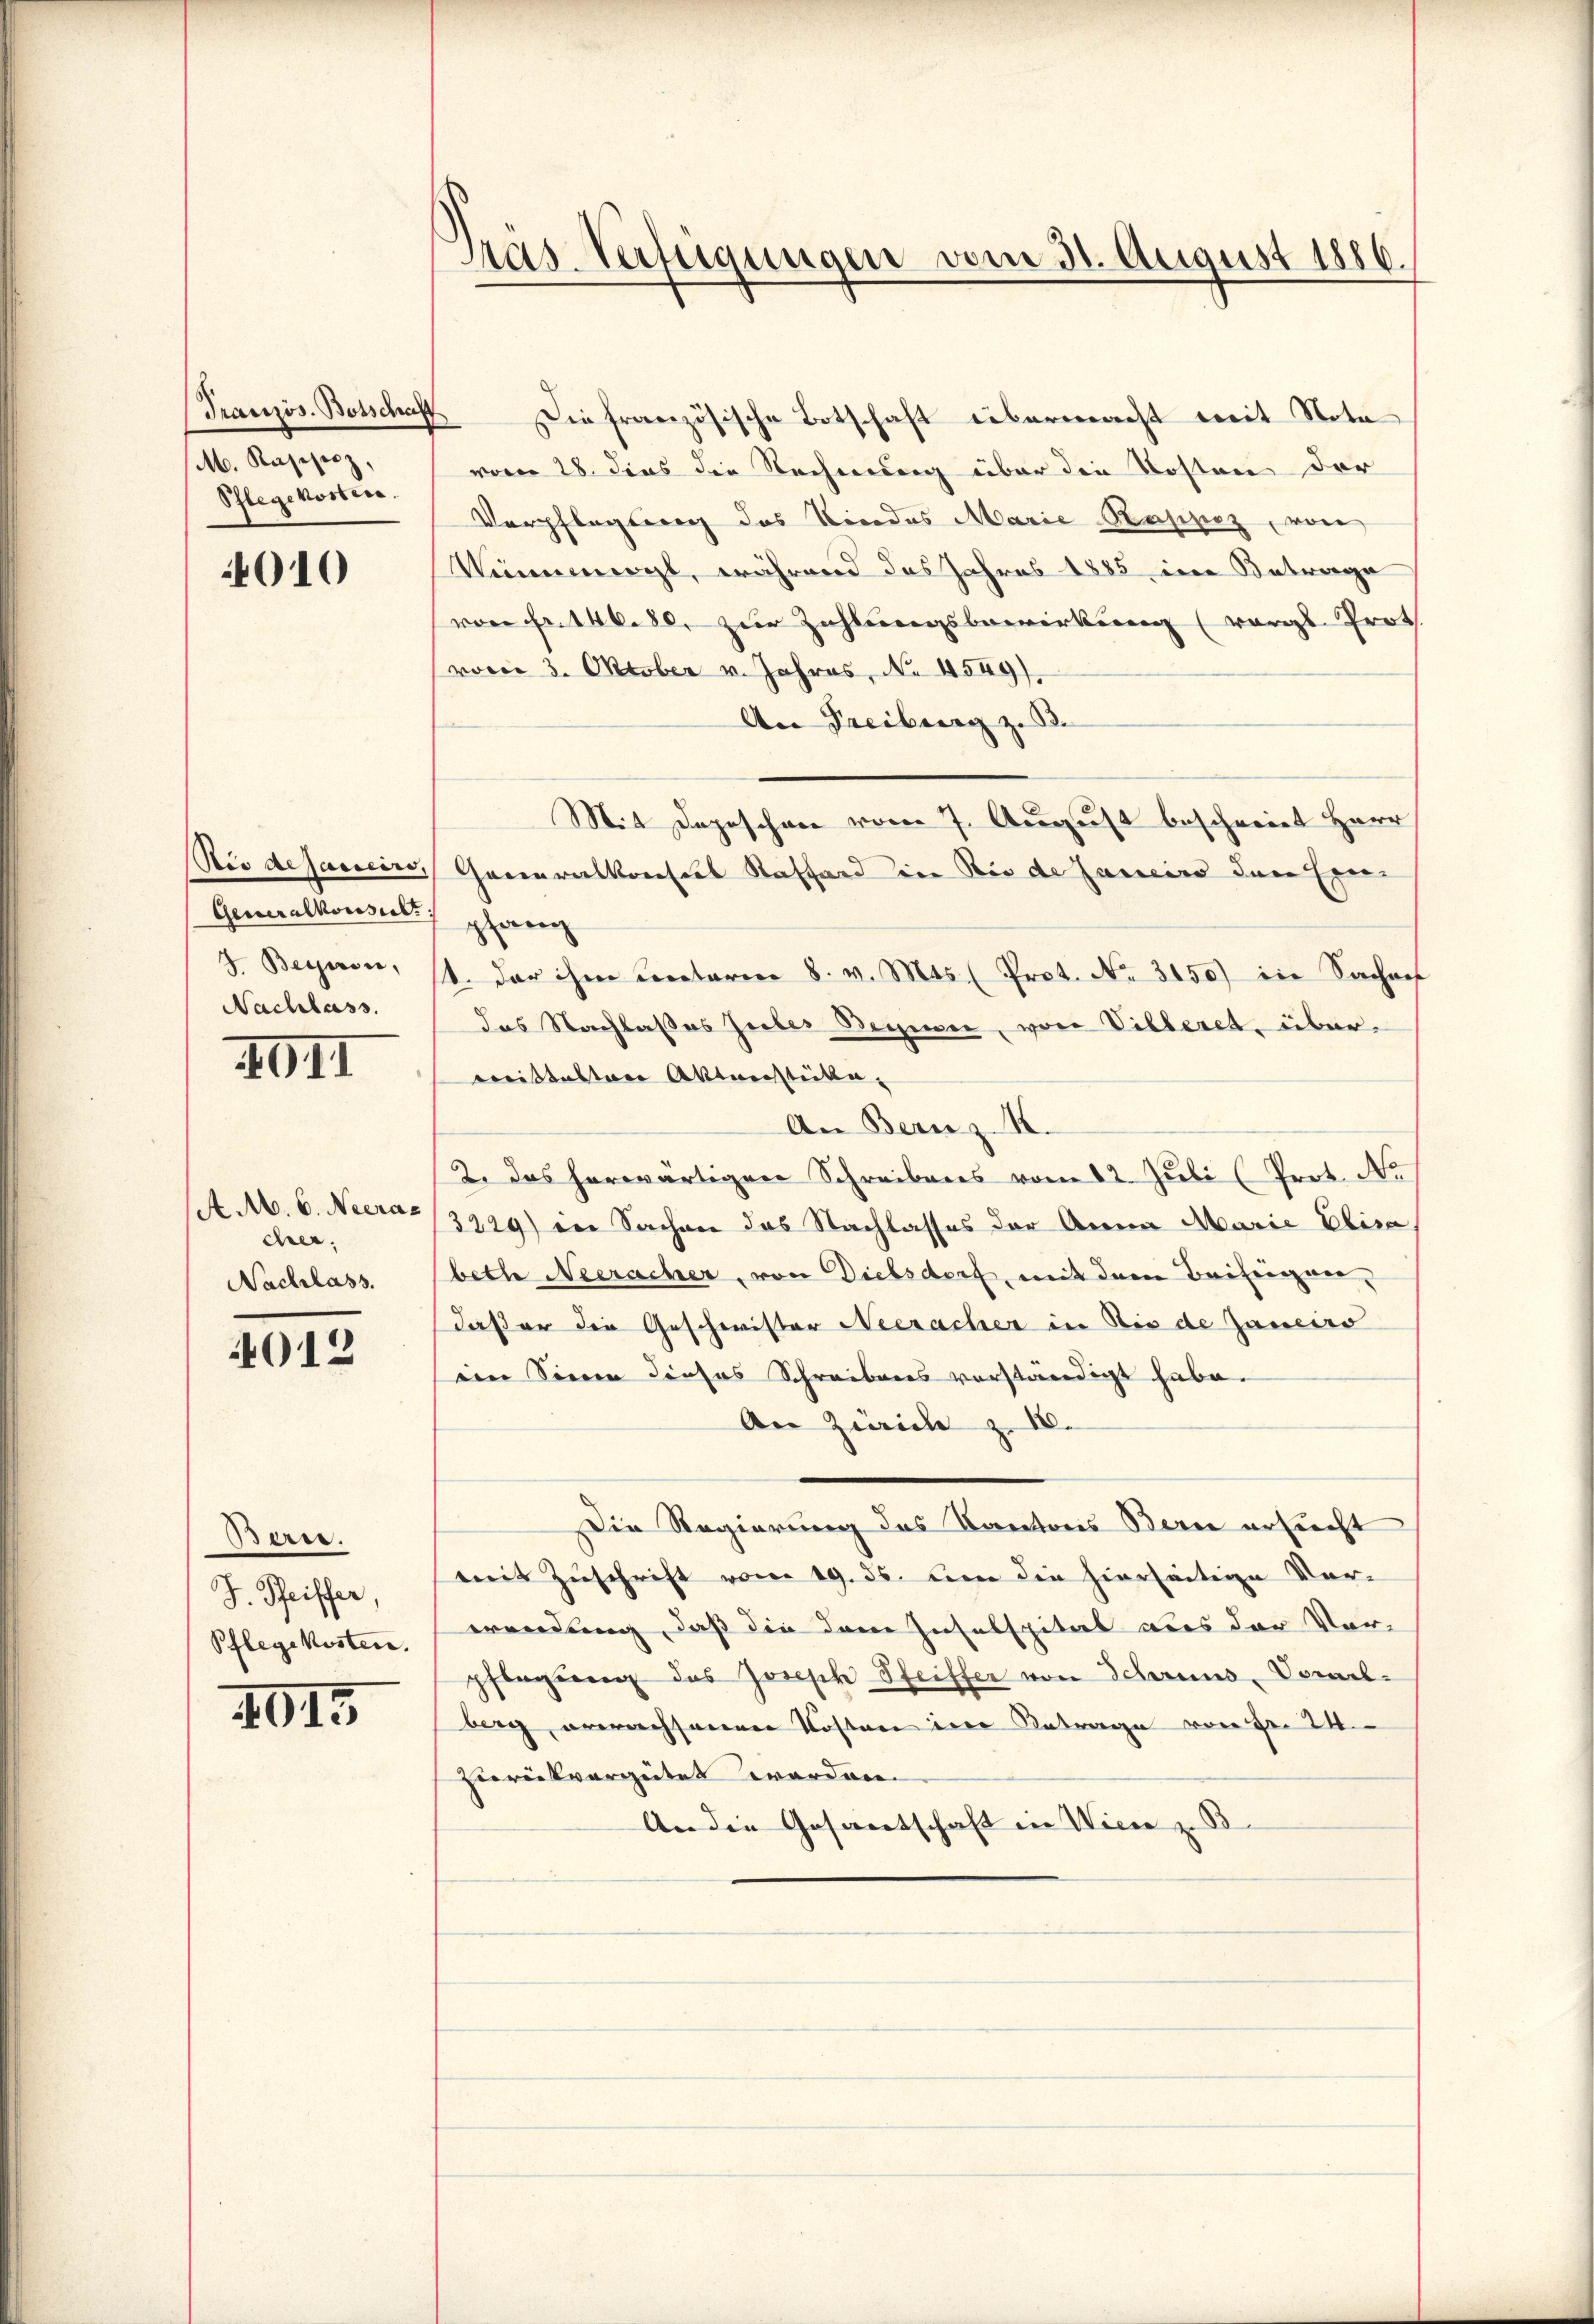
Französ. Botschaft
M. Kasisiz,
Schlegekosten.

4010

Nid aejaneiro,
Generalkonsult
J. Beysein,
Nachlass.

III

AM. 6. Neerac
cher.
Nachlass.

4012

Bern.
J. Pfeiffer
Pflegekosten.

XII

Gras Verfügungen vom 31. August 1886.

Die französische Botschaft übermacht mit Nota
vom 28. dies die Rechnung über die Kosten der
Verpflegung des Kindes Marie-Raspiz, von
Numnmengt, während das Jahres 1885, in Betrage
von Fr. 146. 80, zur Zahlungsbewirkung (vorge Prot
vocie 3. Oktober v. Jahres, No. 4549).
An Freiburg z.
Mit Dageschen vom 7. August beschreiet Herr
Generalkreises Staffend in Bis de Janein der Einpfang
1. der ihm unterm 8. v. Mts. (Prot. No. 3150) in Sachef
das Nachlaßes Güter Begier, von Villeret, über.
mittalten Aktenstücke,
An Bernz K.
2. Das herwärtigen Schreibens vom 12. Juli (Prot. No
3229) in Sachen das Nachlasses der Anna Marie Elisa
bethe Neeracher, von Dielsdorf, mit dem Beihiegen,
daß er die Geschwister Neeracher in die de Janeiro
eim Sinen dieses Schreibens verständigt habe.
An Zwicke z. IV.
Die Regierung des Kantons Bern ersucht
mit Zuschrift vom 19. ds. um die hierseitige Vor-
wendung, daß die dem Insulspital aus der Ver-
pflegung das Joseph Pfeiffer von Schreins, Vorelberg erwachsenen Kosten in Betrage von Fr. 24.
brückvergütet werden.
An die Gesantschaft in Wien z. B.